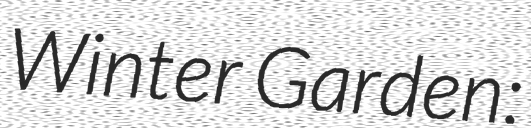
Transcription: Winter Garden: